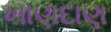
ખાણદાણ